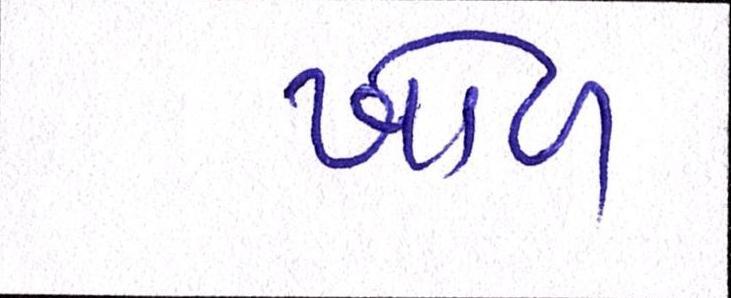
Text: ખોળ